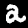
Digit: 2